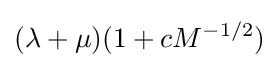
(\lambda +\mu )(1+cM^{-1/2})